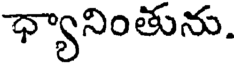
ధ్యానింతును.